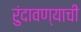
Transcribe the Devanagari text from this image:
रुंदावण्याची